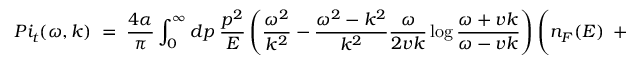
{ P i _ { t } ( \omega , k ) \; = \; { \frac { 4 \alpha } { \pi } } \int _ { 0 } ^ { \infty } d p \; { \frac { p ^ { 2 } } { E } } \left( { \frac { \omega ^ { 2 } } { k ^ { 2 } } } - { \frac { \omega ^ { 2 } - k ^ { 2 } } { k ^ { 2 } } } { \frac { \omega } { 2 v k } } \log { \frac { \omega + v k } { \omega - v k } } \right) \Bigg ( n _ { F } ( E ) \; + \; { \bar { n } } _ { F } ( E ) \Bigg ) \; , }